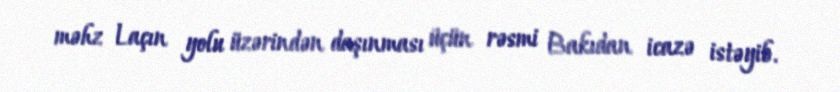
məhz Laçın yolu üzərindən daşınması üçün rəsmi Bakıdan icazə istəyib.